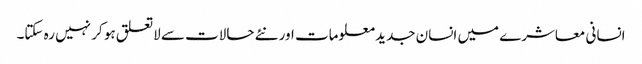
انسانی معاشرے میں انسان جدید معلومات اور نئے حالات سے لاتعلق ہو کر نہیں رہ سکتا۔